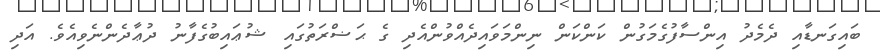
ބައިގަނޑާއި ދެމެދު އިންސާފުގެމަގުން ކަންކަން ނިންމަވައިދެއްވުންއެދި ގެ ޙަޟްރަތުގައި ޝުޢައިބުގެފާނު ދުޢާދެންނެވިއެވެ. އަދި